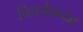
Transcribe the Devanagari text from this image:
चित्तचैतन्या